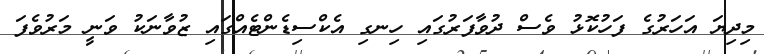
މިދިޔަ އަހަރުގެ ފަހުކޮޅު ވެސް ދުވާފަރުގައި ހިނގި އެކްސިޑެންޓެއްގައި ޒުވާނަކު ވަނީ މަރުވެފަ